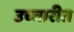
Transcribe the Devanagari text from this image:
उच्चारीत